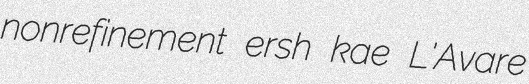
nonrefinement ersh kae L'Avare